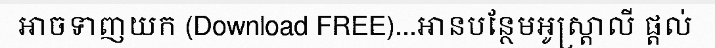
អាចទាញយក (Download FREE)...អានបន្ថែមអូស្ត្រាលី ផ្តល់